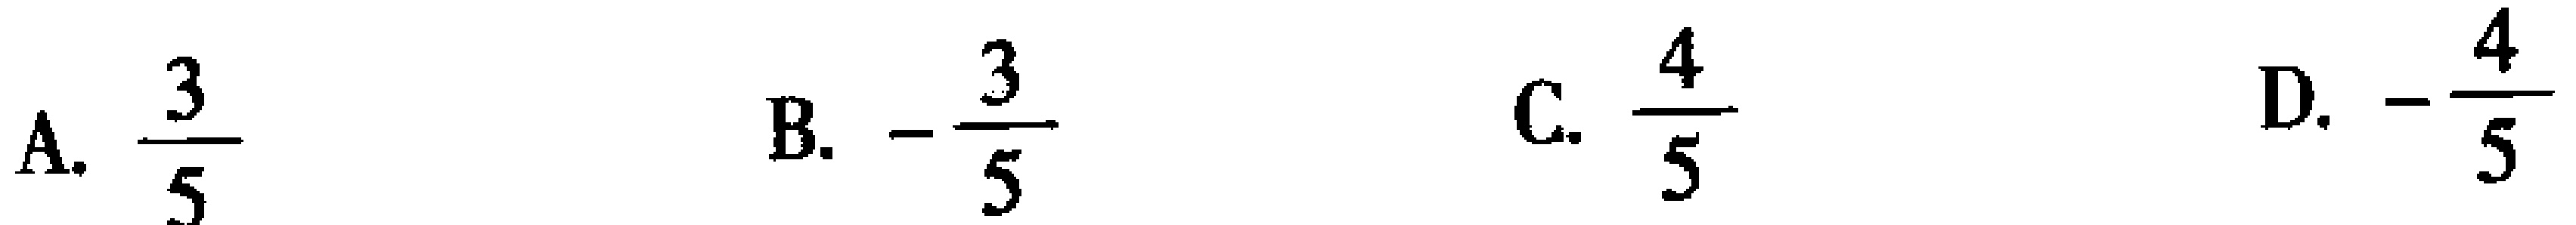
A. $\frac{3}{5}$  B. $-\frac{3}{5}$  C. $\frac{4}{5}$  D. $-\frac{4}{5}$